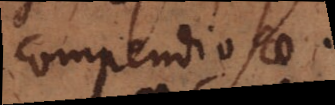
compendiosae.